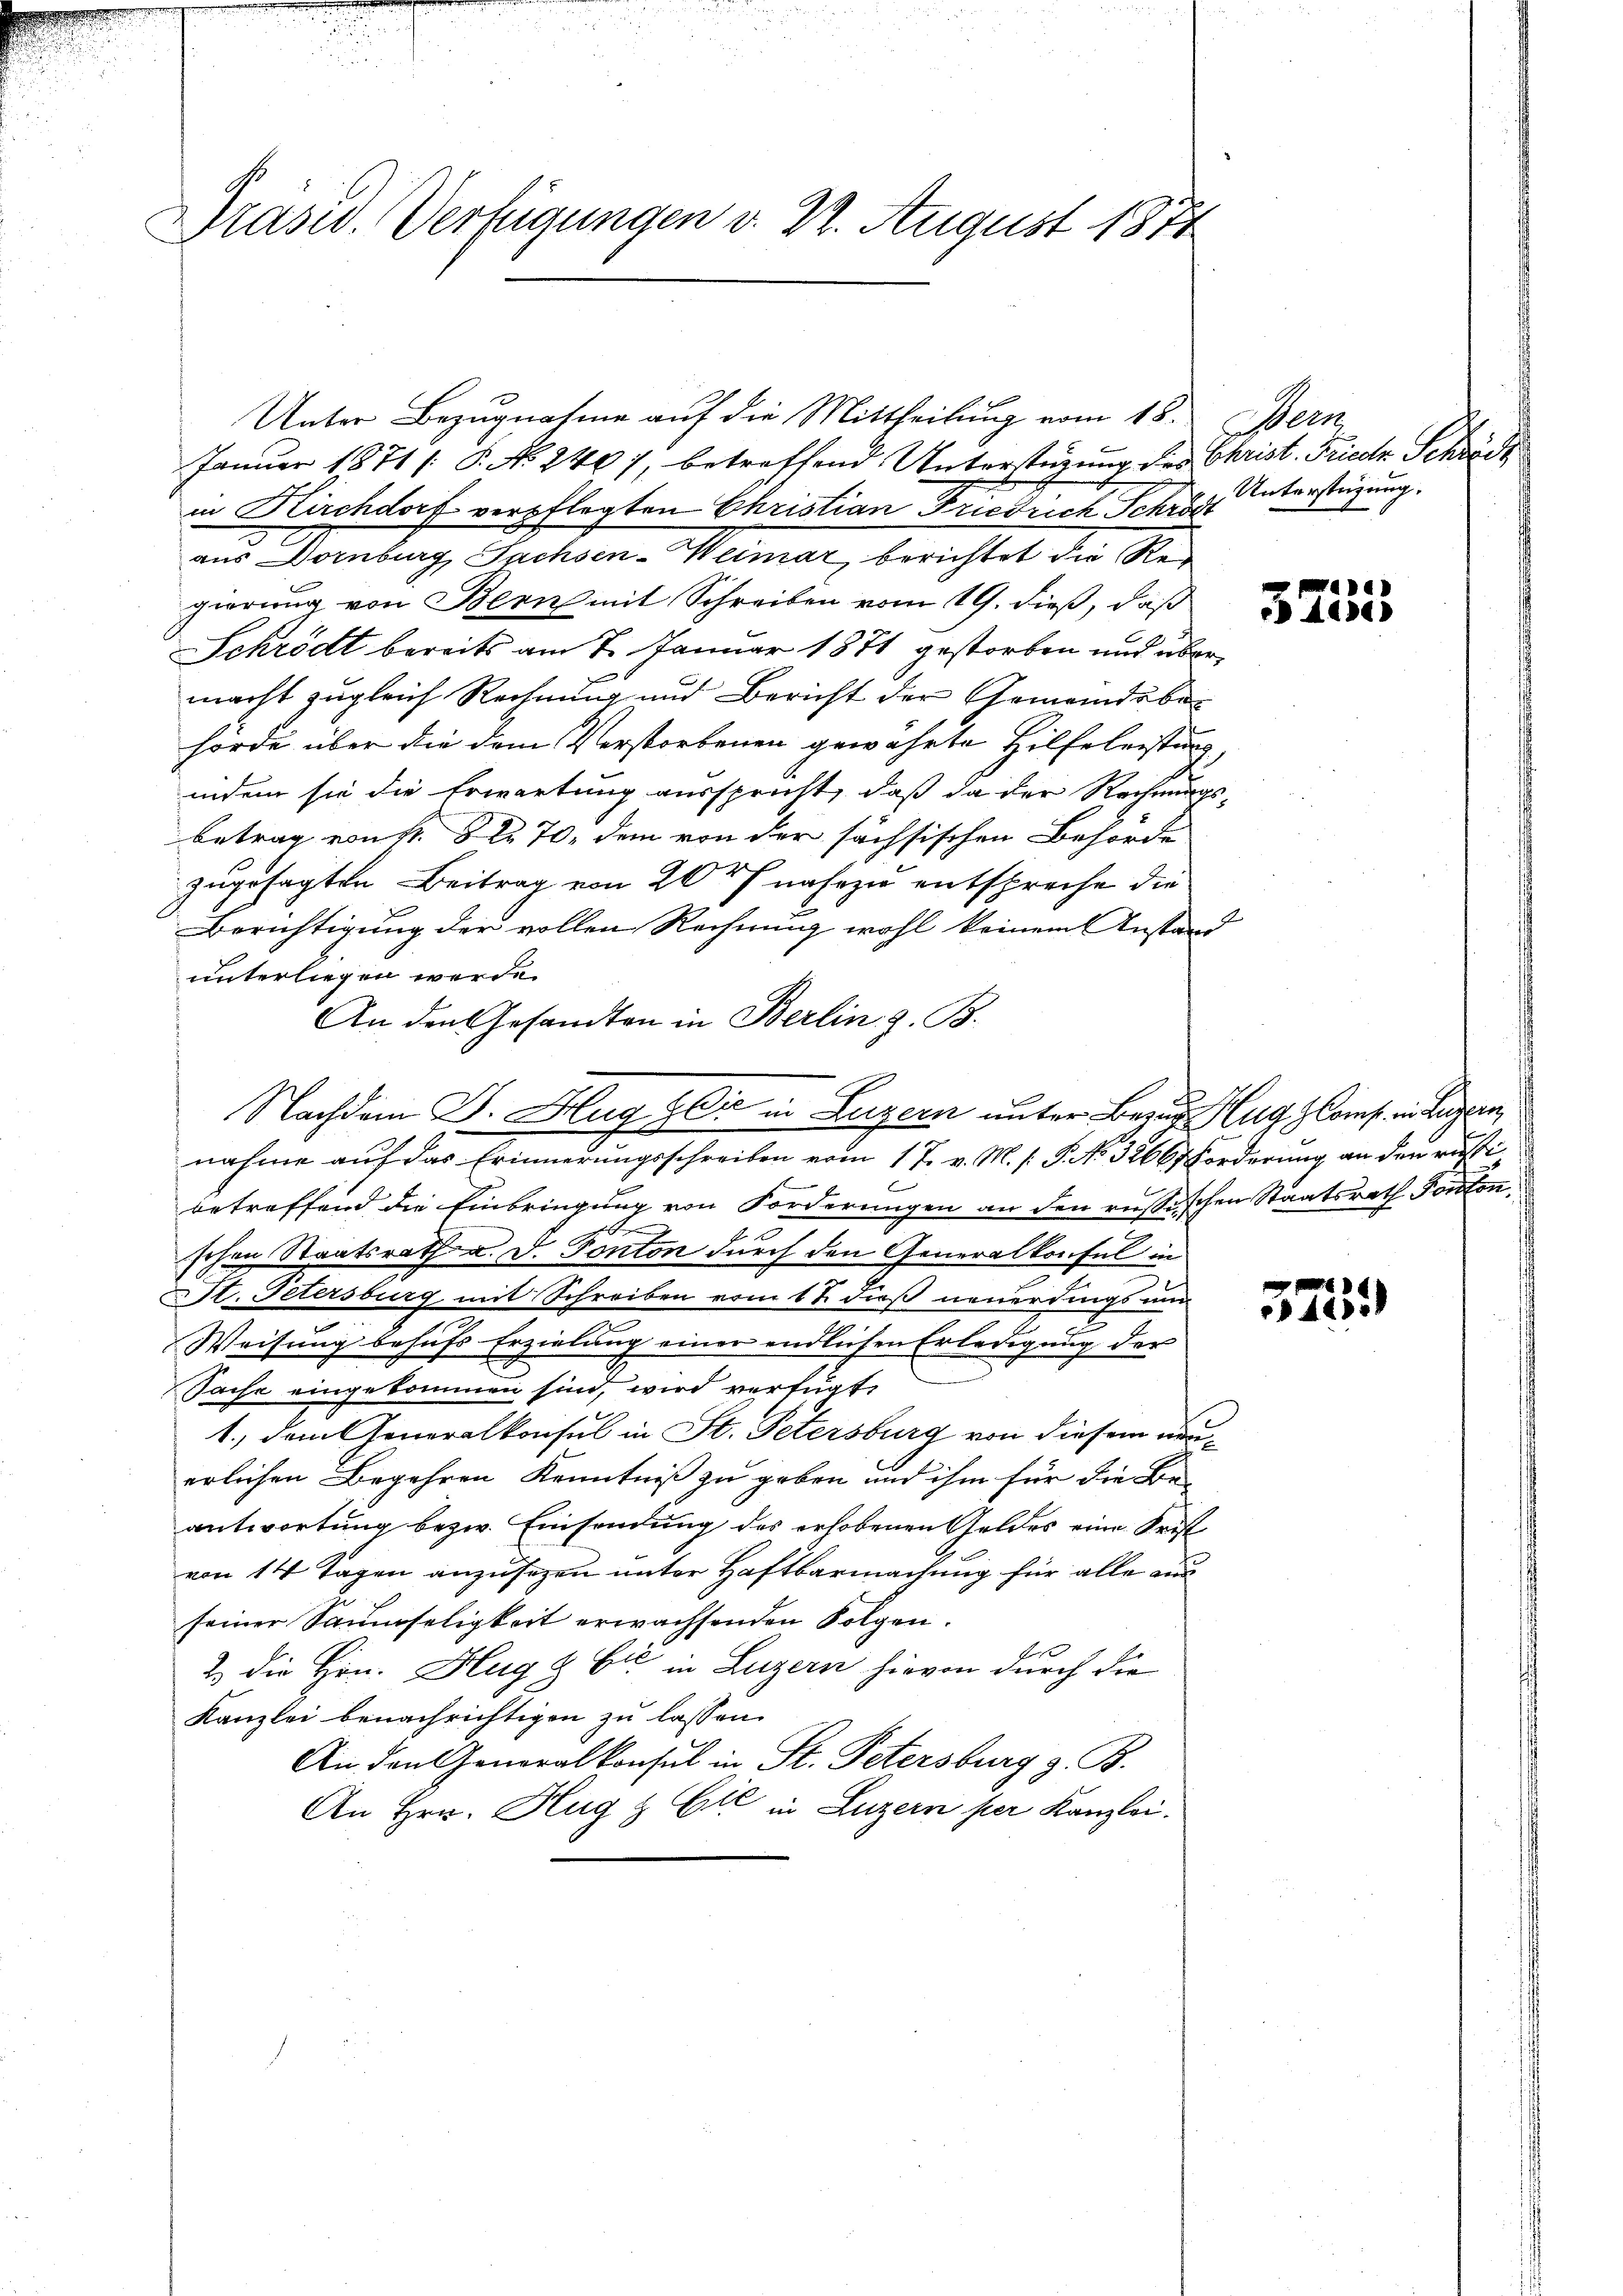
Drasid. Verfügungen d. 2. August 1874

Nachdem J. Hug Sie in Luzern unter Bezug Hug Comp. in Luzern

Unter Bezugnahme auf die Mittheilung vom 18. Bern
Januar 1871 /: P. N. 2407, betreffend Unterstüzung des Christ. Frieder Schröde
in Kirchdorf verpflegten Christian Friedrich Schröde
aus Dornburg, Sachsen-Weimar, berichtet die Regierung von Bern mit Schreiben vom 19. dieß, daß
Schrödt bereits am 7. Januar 1871 gestorben und übermacht zugleich Rechnung und Bericht der Gemeindsbehörde über die dem Verstorbenen gewährte Hilfeleistung,
indem sie die Erwartung ausspricht, daß da der Rechnungs-
betrag von P. Nr. 70, dem von der sächsischen Behörde
zugesagten Beitrag von 20 f nahezu entspreche die
Berichtigung der vollen Rechnung wohl keinem Anstand
unterliegen werde.
An den Gesandten in Berlin z. B.
nahme auf das Erinnerungsschreiben vom 17. v. M. s P. No 32667 Forderung an den russibetreffend die Einbringung von Forderungen an den russischen Staatsrath Ponton
A
e
schon Staatsrath u. d. Sonton durch den Generalkonsul in
t. Petersburg mit Schreiben vom 17. dieß neuerdings um
Weisung behufs Erzielung einer endlichen Erledigung der
Sache eingekommen sind, wird verfügt:
1., dem Generalkonsul in St. Petersburg von diesem neuerlichen Begehren Kenntniß zu geben und ihm für die Be-
antwortung bezw. Einsendung des erhobenen Geldes eine Frist
von 14 Tagen anzusezen unter Haftbarmachung für alle aus
seiner Saumseligkeit erwachsenden Folgen.
b
2. die Hrn. Hug & Cie in Luzern hievon durch die
Kanzlei benachrichtigen zu lassen.
An den Generalkonsul in St. Petersburg z. B.
An Hrn. Hug & Cie in Luzern per Kanzlei.

Unterstüzung.

a
Adde)

575.